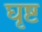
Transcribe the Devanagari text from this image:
घृष्ट